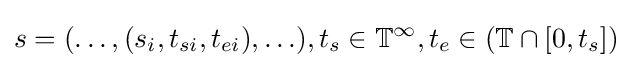
s=(\ldots ,(s_{i},t_{si},t_{ei}),\ldots ),t_{s}\in \mathbb {T} ^{\infty },t_{e}\in (\mathbb {T} \cap [0,t_{s}])